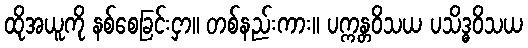
ထိုအယူကို နစ်စေခြင်းငှာ။ တစ်နည်းကား။ ပက္ကန္တဝိသယ ပသိဒ္ဓဝိသယ